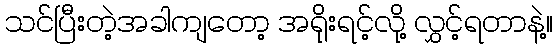
သင်ပြီးတဲ့အခါကျတော့ အရိုးရင့်လို့ လွှင့်ရတာနဲ့။